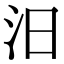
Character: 汨